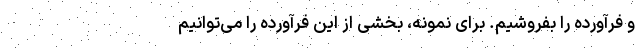
و فرآورده را بفروشیم. برای نمونه، بخشی از این فرآورده را می‌توانیم